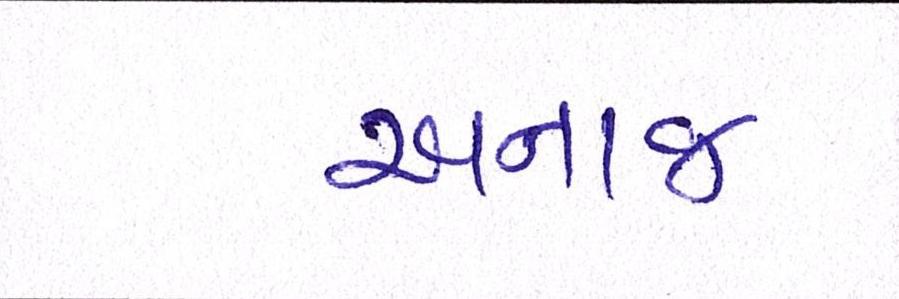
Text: અનાજ